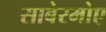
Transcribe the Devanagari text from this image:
साबेरमोए